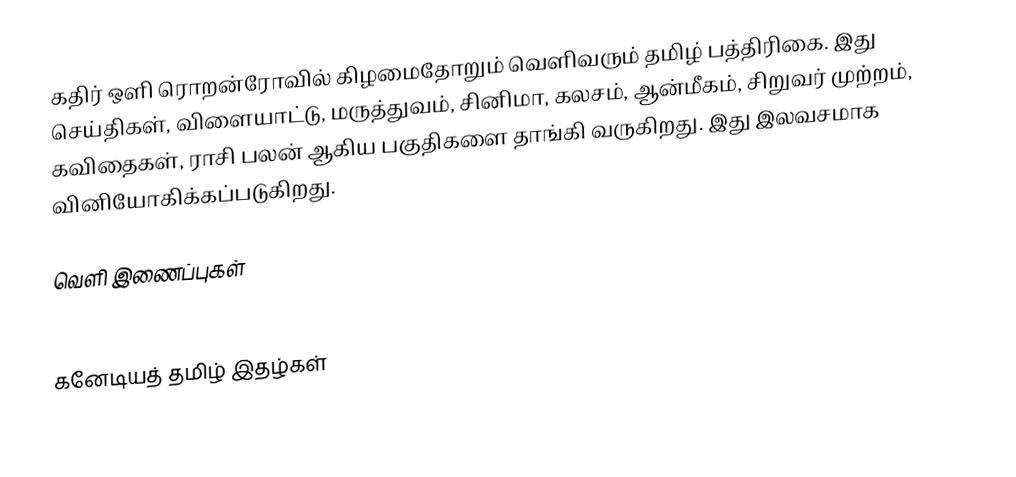
கதிர் ஒளி ரொறன்ரோவில் கிழமைதோறும் வெளிவரும் தமிழ் பத்திரிகை.  இது செய்திகள், விளையாட்டு, மருத்துவம், சினிமா, கலசம், ஆன்மீகம், சிறுவர் முற்றம், கவிதைகள், ராசி பலன் ஆகிய பகுதிகளை தாங்கி வருகிறது.  இது இலவசமாக வினியோகிக்கப்படுகிறது.

வெளி இணைப்புகள்
 http://www.kathirolinews.com/

கனேடியத் தமிழ் இதழ்கள்